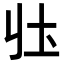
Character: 𭍼